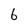
Character: 6